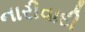
નારીવાદી